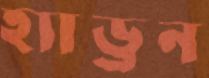
হ্যাড্রন